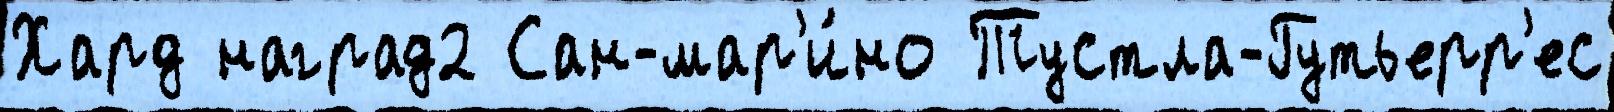
Хард наград2 Сан-мар'и́но Тустла-Гутьерр'ес